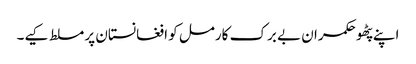
اپنے پٹھو حکمران بے برک کارمل کو افغانستان پر مسلط کیے۔